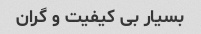
بسیار بی کیفیت و گران